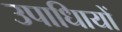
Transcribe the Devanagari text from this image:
उपाधिायों